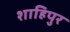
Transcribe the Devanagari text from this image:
शाहिपुर